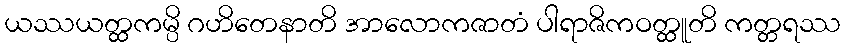
ယဿယတ္ထကမ္ပိ ဂဟိတေနာတိ အာလောကဇာတံ ပါရာဇိကဝတ္ထူတိ ကတ္တရဿ